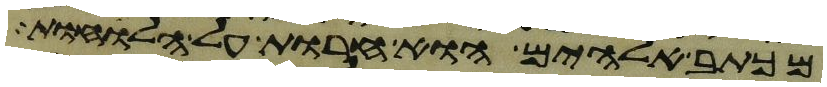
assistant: מכתב אלהים הוא חרות על הלוחות